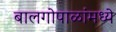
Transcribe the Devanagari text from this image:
बालगोपाळांमध्ये